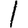
Digit: 1